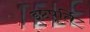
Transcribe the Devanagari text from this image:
इष्टपूर्ति